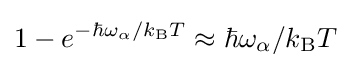
1-e^{-\hbar \omega _{\alpha }/k_{\rm {B}}T}\approx \hbar \omega _{\alpha }/k_{\rm {B}}T